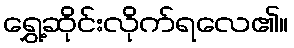
ရွှေ့ဆိုင်းလိုက်ရလေ၏။